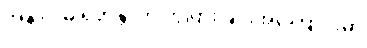
အနာဂါမ် ရဟန္တာဟု ကွဲပြားခြင်းအကြောင်းမှာ